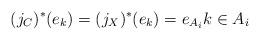
LaTeX: \begin{align*} (j_C)^* (e_k) = (j_X)^* (e_k) = e_{A_i} k \in A_i\end{align*}